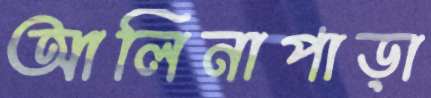
আলিনাপাড়া